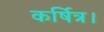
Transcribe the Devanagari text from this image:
कर्षित्र।